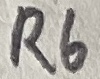
Text: R6